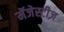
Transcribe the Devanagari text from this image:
मॅजेस्टीज़